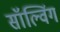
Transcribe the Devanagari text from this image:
सॉल्विंग